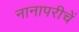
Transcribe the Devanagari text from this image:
नानापरीचें